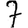
Digit: 7